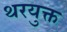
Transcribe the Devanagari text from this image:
थरयुक्त